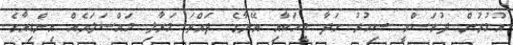
އުމުރުން ދުވަސްވީ ސިހުރު ހަދާ މީހަކާއި އޭނާގެ ދައްތަ މަރާލި މައްސަލައެއް އިންޑިއާގެ